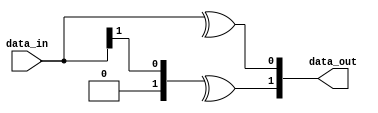
// SPDX-License-Identifier: Apache-2.0
// Copyright (C) 2019 Intel Corporation. 
//------------------------------------------------------------------------
//
// Revision:    $Revision: #1 $
//------------------------------------------------------------------------

module cdclib_graytobin
   #(
      parameter WIDTH           = 2 // Data width 
    )
   (
   // Inputs
   input  wire [WIDTH-1:0]  data_in,       // data in
   // Outputs
   output wire  [WIDTH-1:0]  data_out       // data out
   );


   genvar                      i;
   
   generate
      for (i = 0; i <= WIDTH-1; i = i+1) begin: GREY_TO_BIN
        assign data_out[i] = ^(data_in >> i);            
         
      end // block: GRAY_TO_BIN
   endgenerate

endmodule